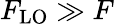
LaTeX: F_{\mathrm{LO}}\gg F